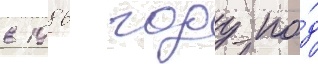
в 1986 году по́д